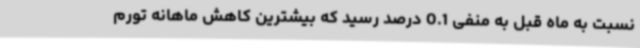
نسبت به ماه قبل به منفی 0.1 درصد رسید که بیشترین کاهش ماهانه تورم